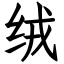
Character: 绒